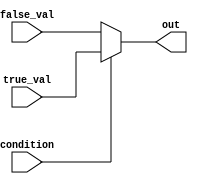
module ConditionalOperatorAssignment (
    input wire condition,     // Boolean condition
    input wire [7:0] true_val,  // Value for true case
    input wire [7:0] false_val, // Value for false case
    output reg [7:0] out       // Output variable
);

// Behavioral block using the conditional operator
always @(*) begin
    out = condition ? true_val : false_val; // Conditional assignment
end

endmodule